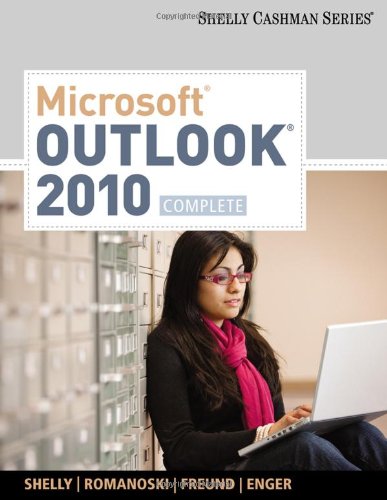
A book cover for Microsoft Outlook 2010: Complete; Gary B. Shelly; Computers & Technology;